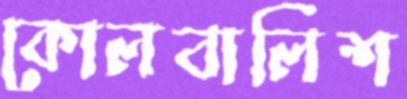
কোলবালিশ